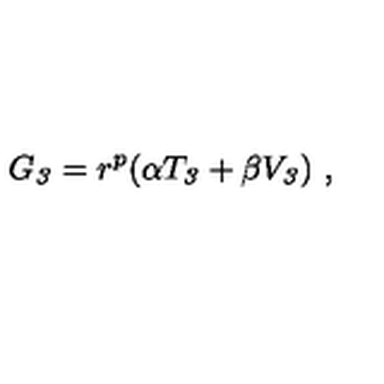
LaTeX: G _ { \it 3 } = r ^ { p } ( \alpha T _ { \it 3 } + \beta V _ { \it 3 } ) \ ,